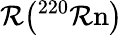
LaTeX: \mathcal{R}\big(\mathrm{{^{220}\mathcal{R}n}}\big)